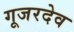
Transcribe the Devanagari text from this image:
गूजरदेव